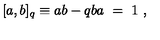
[ a , b ] _ { q } \equiv a b - q b a \ = \ 1 \ ,